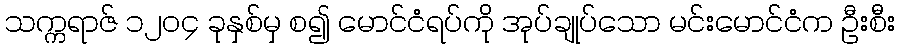
သက္ကရာဇ် ၁၂၀၄ ခုနှစ်မှ စ၍ မောင်ငံရပ်ကို အုပ်ချုပ်သော မင်းမောင်ငံက ဦးစီး